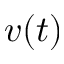
v ( t )